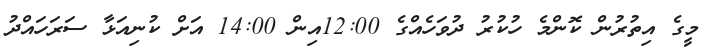
މީގެ އިތުރުން ކޮންމެ ހުކުރު ދުވަހެއްގެ 12:00އިން 14:00 އަށް ކުނިއަޅާ ސަރަހައްދު